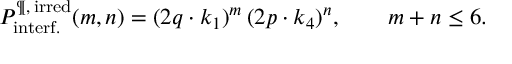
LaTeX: { \cal P } _ { \mathrm { i n t e r f . } } ^ { \P , \, \mathrm { i r r e d } } ( m , n ) = ( 2 q \cdot k _ { 1 } ) ^ { m } \, ( 2 p \cdot k _ { 4 } ) ^ { n } , \qquad m + n \leq 6 .